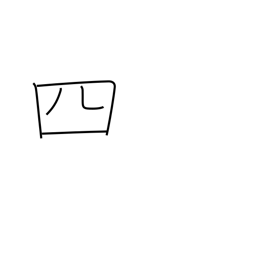
Meaning: four